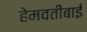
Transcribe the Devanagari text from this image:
हेमवतीबाई